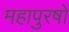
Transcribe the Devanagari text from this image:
महापुरषों